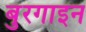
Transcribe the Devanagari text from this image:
बुरगाइन